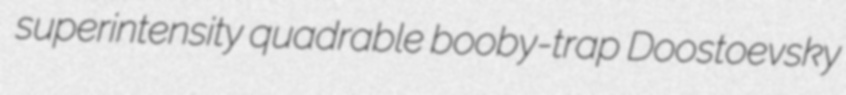
superintensity quadrable booby-trap Doostoevsky